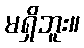
မရှိဘူး။